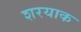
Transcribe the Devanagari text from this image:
शरयाक